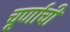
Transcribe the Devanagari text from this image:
चूर्णाची